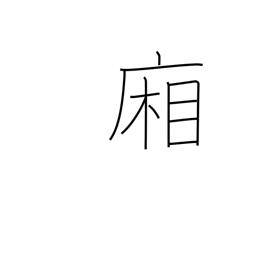
Meaning: hallways